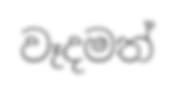
වෑදමත්